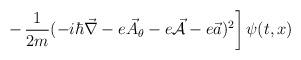
LaTeX: \begin{align*}\left. -\, \frac{1}{2m} (-i \hbar {\vec \nabla} - e {\vec A}_\theta- e {\vec {\cal A}}- e {\vec a})^2 \right] \psi (t,x)\end{align*}